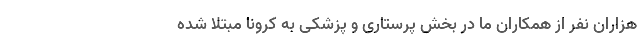
هزاران نفر از همکاران ما در بخش پرستاری و پزشکی به کرونا مبتلا شده